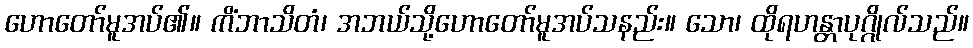
ဟောတော်မူအပ်၏။ ကိံဘာသိတံ၊ အဘယ်သို့ဟောတော်မူအပ်သနည်း။ သော၊ ထိုရဟန္တာပုဂ္ဂိုလ်သည်။